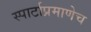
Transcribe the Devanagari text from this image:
स्पार्टाप्रमाणेच